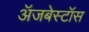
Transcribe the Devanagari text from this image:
ॲजबेस्टॉस